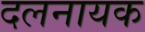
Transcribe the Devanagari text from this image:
दलनायक